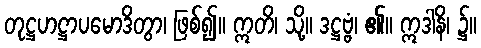
တုဋ္ဌဟဋ္ဌာပမောဒိတွာ၊ ဖြစ်၍။ ဣတိ၊ သို့။ ဒဋ္ဌဗ္ဗံ၊ ၏။ ဣဒါနိ၊ ၌။